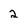
Character: 2